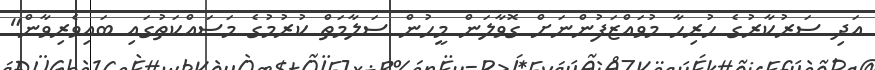
އަދި ސަރުކާރުގެ ހުރިހާ މުވައްޒަފުންނަށް ގޮވާލަން މީހުން ސަލާމަތް ކުރުމުގެ މަސައްކަތުގައި ބައިވެރިވާން"